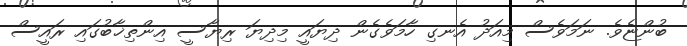
ބުންޏެވެ. ނަމަވެސް މިއަދު އެނގި ހާމަވެގެން ދިޔައީ މިދިޔަ ރިޔާސީ އިންތިޚާބުގައި ރައީސް